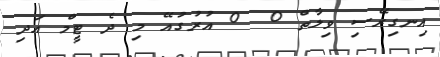
އިނގިރޭސި ވިލާތް 0  0 އުރުގުއޭ މި ދެ ޓީމް އަދި